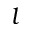
l